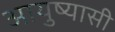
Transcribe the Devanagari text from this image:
आयुष्यासी